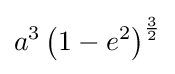
a^{3}\left(1-e^{2}\right)^{\frac {3}{2}}